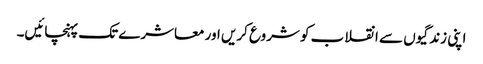
اپنی زندگیوں سے انقلاب کو شروع کریں اور معاشرے تک پہنچائیں۔